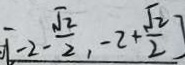
[ - 2 - \frac { \sqrt { 2 } } { 2 } , - 2 + \frac { \sqrt { 2 } } { 2 } ]